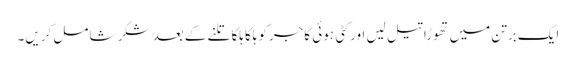
ایک برتن میں تھوڑا تیل لیں اور کٹی ہوئی گاجرکو ہلکا ہلکا تلنے کے بعد شکر شامل کریں۔